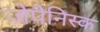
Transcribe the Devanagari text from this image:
जेपेनिस्क